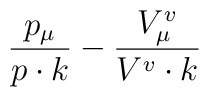
\frac{p_\mu}{p\cdot k} -\frac{V^v_\mu}{V^v\cdot k}